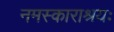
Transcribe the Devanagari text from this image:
नमस्काराश्रयः